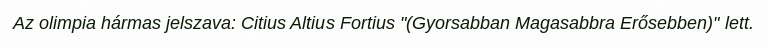
Az olimpia hármas jelszava: Citius Altius Fortius "(Gyorsabban Magasabbra Erősebben)" lett.